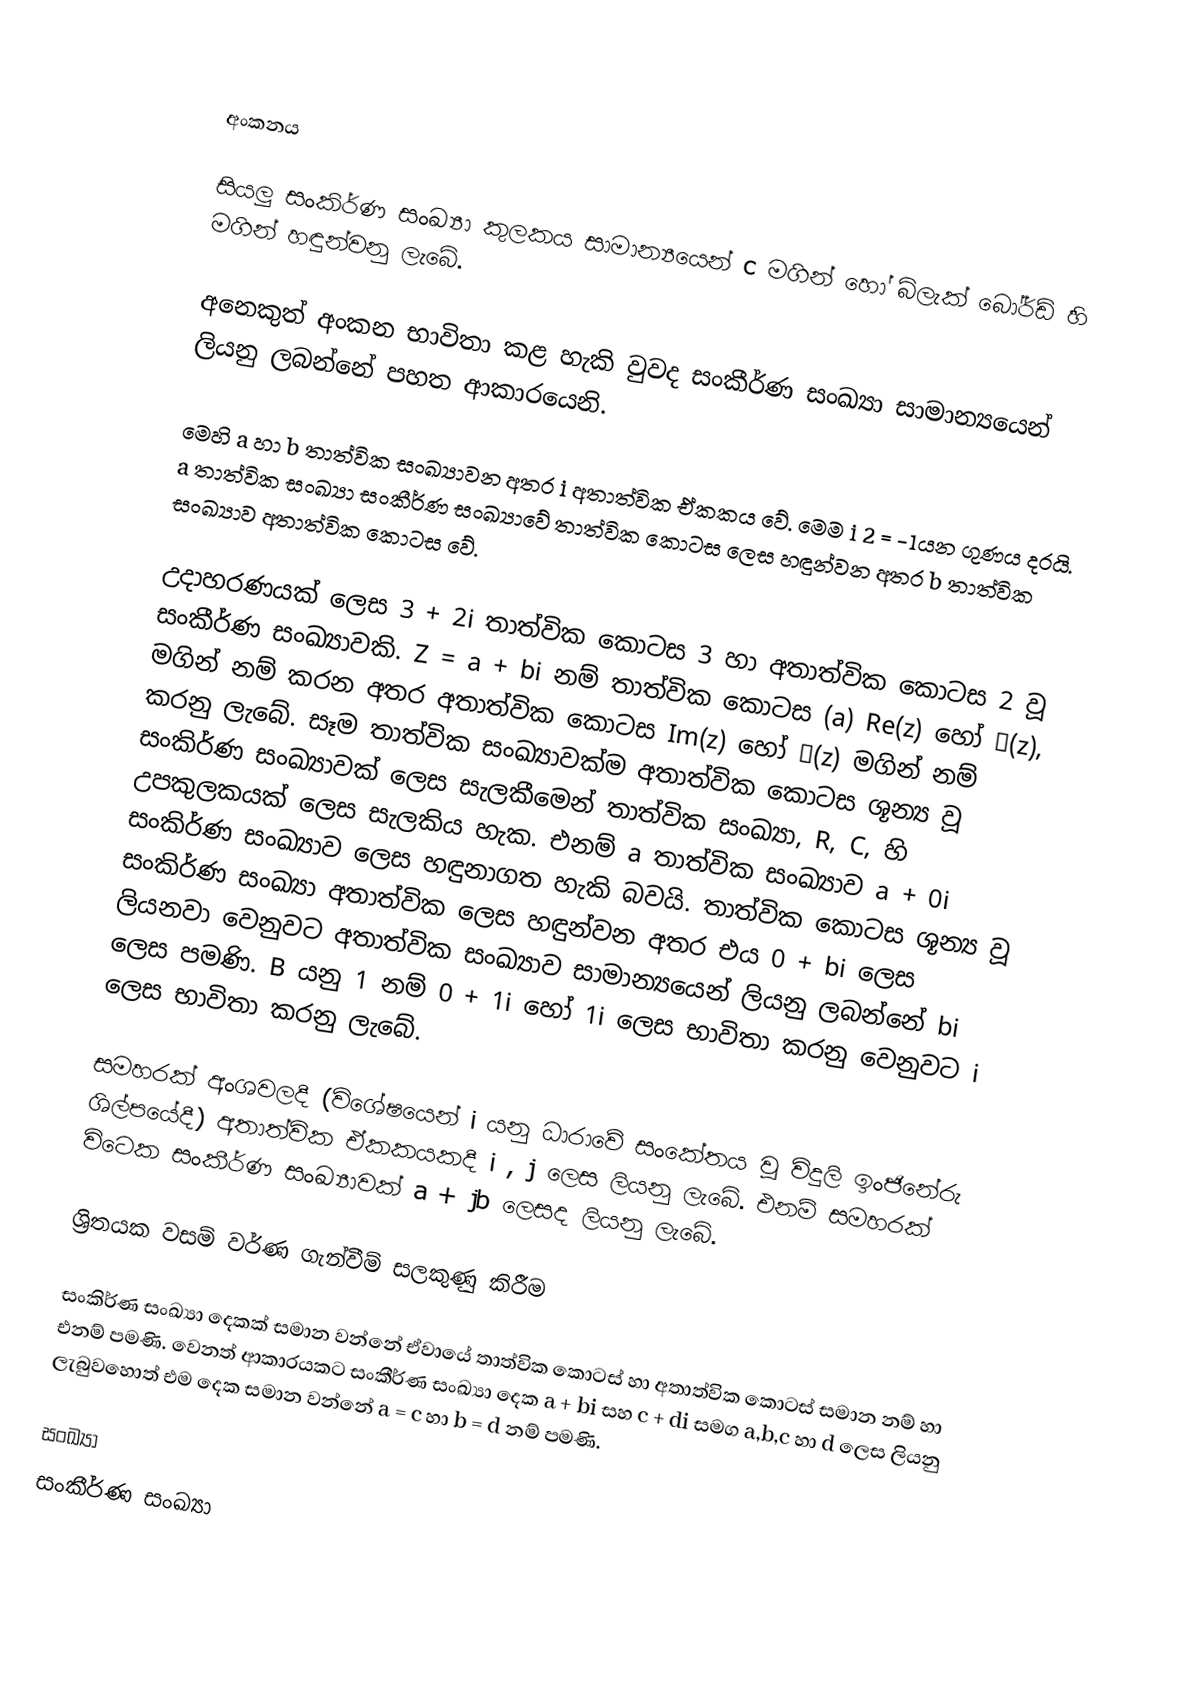

අංකනය

සියලු සංකිර්ණ සංඛ්‍යා කුලකය සාමාන්‍යයෙන් c මගින් හෝ බ්ලැක් බෝර්ඩ් හි     මගින් හඳුන්වනු ලැබේ.

අනෙකුත් අංකන භාවිතා කළ හැකි වුවද සංකීර්ණ සංඛ්‍යා සාමාන්‍යයෙන් ලියනු ලබන්නේ පහත ආකාරයෙනි.

මෙහි a හා b තාත්වික සංඛ්‍යාවන අතර i අතාත්වික ඒකකය වේ. මෙම i 2 = −1යන ගුණය දරයි. a තාත්වික සංඛ්‍යා සංකීර්ණ සංඛ්‍යාවේ තාත්වික කොටස ලෙස හඳුන්වන අතර b තාත්වික සංඛ්‍යාව අතාත්වික කොටස වේ.

උදාහරණයක් ලෙස 3 + 2i තාත්වික කොටස  3 හා අතාත්වික කොටස   2  වූ සංකීර්ණ සංඛ්‍යාවකි. Z = a + bi නම් තාත්වික කොටස (a) Re(z) හෝ ℜ(z), මගින් නම් කරන අතර අතාත්වික කොටස Im(z) හෝ ℑ(z) මගින් නම් කරනු ලැබේ. සෑම තාත්වික සංඛ්‍යාවක්ම අතාත්වික ‍කොටස ශූන්‍ය වූ සංකිර්ණ සංඛ්‍යාවක් ලෙස සැලකීමෙන් තාත්වික සංඛ්‍යා, R, C, හි උපකුලකයක් ලෙස සැලකිය හැක. එනම් a තාත්වික සංඛ්‍යාව a + 0i සංකිර්ණ සංඛ්‍යාව ලෙස හඳුනාගත හැකි බවයි. තාත්වික ‍කොටස ශූන්‍ය වූ සංකිර්ණ සංඛ්‍යා අතාත්වික ලෙස හඳුන්වන අතර එය 0 + bi ලෙස ලියනවා වෙනුවට අතාත්වික සංඛ්‍යාව සාමාන්‍යයෙන් ලියනු ලබන්නේ bi ලෙස පමණි. B යනු 1 නම් 0 + 1i  හෝ 1i ලෙස භාවිතා කරනු වෙනුවට i  ලෙස භාවිතා කරනු ලැබේ.

සමහරක් අංශවලදී (විශේෂයෙන් i යනු ධාරාවේ සංකේතය වූ විදුලි ඉංජිනේරු ශිල්පයේදී) අතාත්වික ඒකකයකදී i  , j ලෙස ලියනු ලැබේ. එනම් සමහරක් විටෙක සංකීර්ණ සංඛ්‍යාවක්          a  + jb  ලෙසද ලියනු ලැබේ.

ශ්‍රිතයක වසම් වර්ණ ගැන්වීම් සලකුණු කිරීම

සංකිර්ණ සංඛ්‍යා දෙකක් සමාන වන්නේ ඒවායේ තාත්වික කොටස් හා අතාත්වික කොටස් සමාන නම් හා එනම් පමණි. වෙනත් ආකාරයකට සංකීර්ණ සංඛ්‍යා දෙක a + bi සහ c + di සමග a,b,c හා d ලෙස ලියනු ලැබුවහොත් එම දෙක සමාන වන්නේ a = c හා b = d නම් පමණි.

සංඛ්‍යා
සංකීර්ණ සංඛ්‍යා